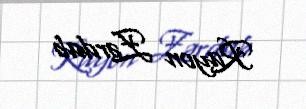
Rayon Zərdab